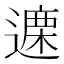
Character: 𫑃